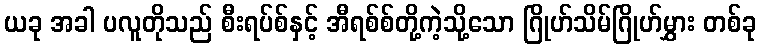
ယခု အခါ ပလူတိုသည် စီးရပ်စ်နှင့် အီရစ်စ်တို့ကဲ့သို့သော ဂြိုဟ်သိမ်ဂြိုဟ်မွှား တစ်ခု